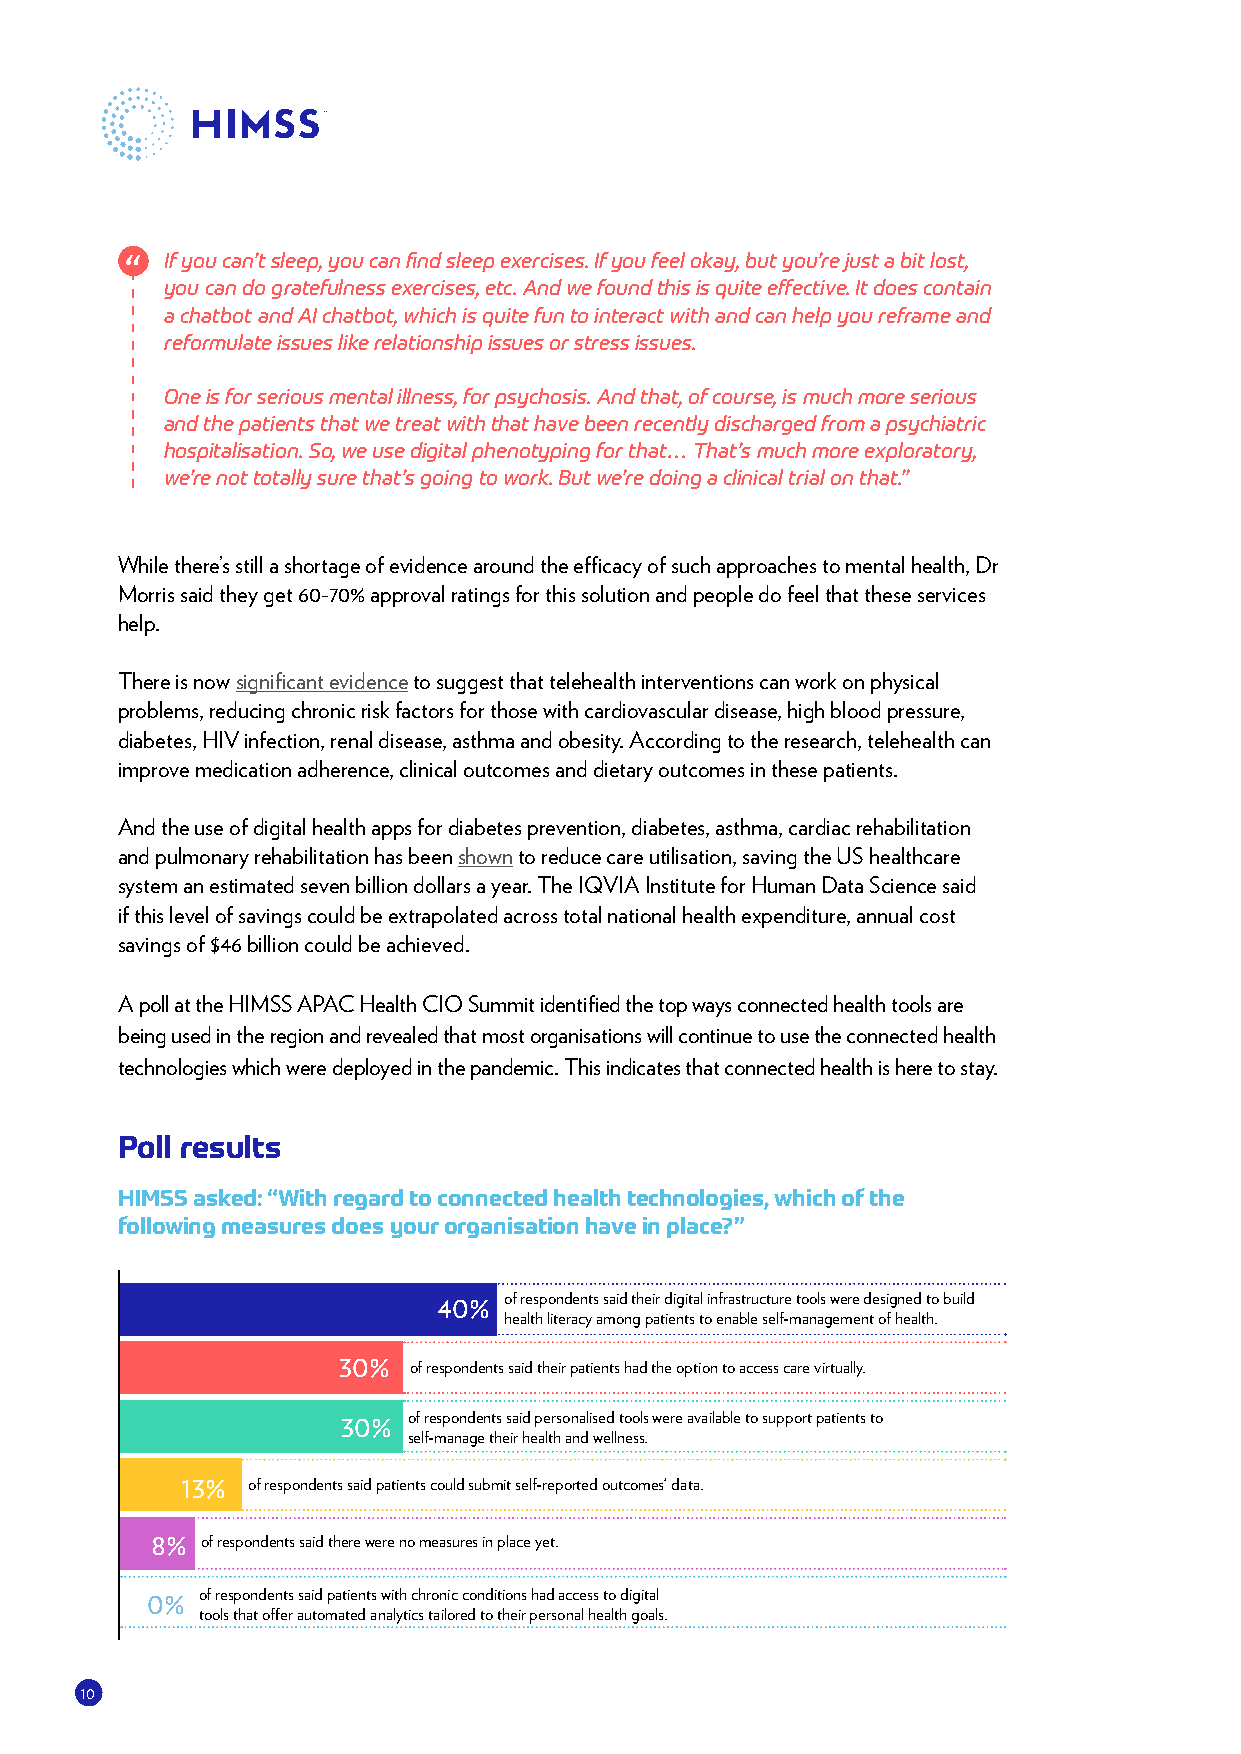
If you can’t sleep, you can find sleep exercises. If you feel okay, but you’re just a bit lost,
 you can do gratefulness exercises, etc. And we found this is quite effective. It does contain
 a chatbot and AI chatbot, which is quite fun to interact with and can help you reframe and
 reformulate issues like relationship issues or stress issues.
 One is for serious mental illness, for psychosis. And that, of course, is much more serious
 and the patients that we treat with that have been recently discharged from a psychiatric
 hospitalisation. So, we use digital phenotyping for that… That’s much more exploratory,
 we’re not totally sure that’s going to work. But we’re doing a clinical trial on that.”
 While there’s still a shortage of evidence around the efficacy of such approaches to mental health, Dr
 Morris said they get 60-70% approval ratings for this solution and people do feel that these services
 help.
 There is now significant evidence to suggest that telehealth interventions can work on physical
 problems, reducing chronic risk factors for those with cardiovascular disease, high blood pressure,
 diabetes, HIV infection, renal disease, asthma and obesity. According to the research, telehealth can
 improve medication adherence, clinical outcomes and dietary outcomes in these patients.
 And the use of digital health apps for diabetes prevention, diabetes, asthma, cardiac rehabilitation
 and pulmonary rehabilitation has been shown to reduce care utilisation, saving the US healthcare
 system an estimated seven billion dollars a year. The IQVIA Institute for Human Data Science said
 if this level of savings could be extrapolated across total national health expenditure, annual cost
 savings of $46 billion could be achieved.
 A poll at the HIMSS APAC Health CIO Summit identified the top ways connected health tools are
 being used in the region and revealed that most organisations will continue to use the connected health
 technologies which were deployed in the pandemic. This indicates that connected health is here to stay.
 Poll results
 HIMSS asked: “With regard to connected health technologies, which of the
 following measures does your organisation have in place?”
 40% of respondents said their digital infrastructure tools were designed to build
 health literacy among patients to enable self-management of health.
 30%
 of respondents said their patients had the option to access care virtually.
 30% of respondents said personalised tools were available to support patients to
 self-manage their health and wellness.
 13% of respondents said patients could submit self-reported outcomes’ data.
 8% of respondents said there were no measures in place yet.
 0% of respondents said patients with chronic conditions had access to digital
 tools that offer automated analytics tailored to their personal health goals.
 10